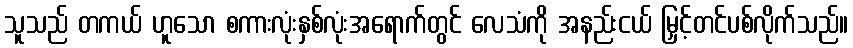
သူသည် တကယ် ဟူသော စကားလုံးနှစ်လုံးအရောက်တွင် လေသံကို အနည်းငယ် မြှင့်တင်ပစ်လိုက်သည်။